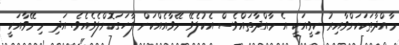
މާއްދާތަކަކަށްވާއިރު ކިވީއަކީ އެ މާއްދާތައްވެސް އެކުލެވޭ މޭވާއެއްކަން ފާހަގަކޮށްލެވެއެވެ. އަދި މި މޭވާއަކީ